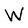
Character: W